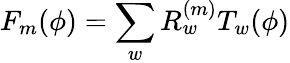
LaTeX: F_{m}(\phi)=\sum_{w}R_{w}^{(m)}T_{w}(\phi)